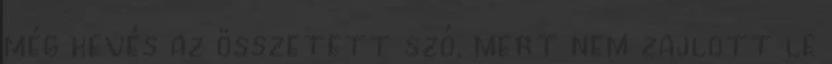
még kevés az összetett szó, mert nem zajlott le